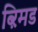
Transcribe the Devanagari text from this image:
ब्ऱिमड